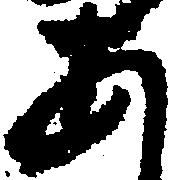
あ